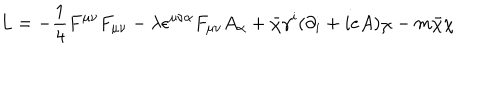
L = - \frac { 1 } { 4 } F ^ { \mu \nu } F _ { \mu \nu } - \lambda \epsilon ^ { \mu \nu \alpha } F _ { \mu \nu } A _ { \alpha } + \bar { \chi } \gamma ^ { i } ( \partial _ { i } + i e A ) \chi - m \bar { \chi } \chi